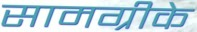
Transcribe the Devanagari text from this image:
सामग्रीके